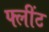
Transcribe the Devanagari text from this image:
फ्लींट